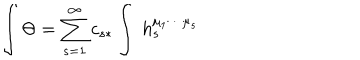
\int \Theta = \sum _ { s = 1 } ^ { \infty } c _ { s * } \int \ h _ { s } ^ { \mu _ { 1 } \cdots \mu _ { s } }